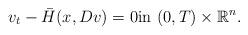
LaTeX: \begin{align*} v_t - \bar{H}(x,Dv)=0 \mbox{in} \, \, (0,T) \times \mathbb{R}^n. \end{align*}